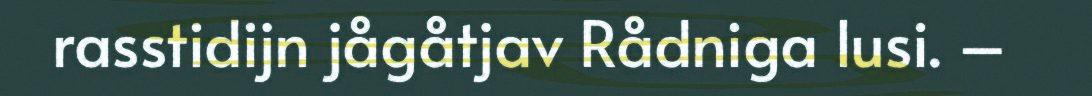
rasstidijn jågåtjav Rådniga lusi. –